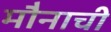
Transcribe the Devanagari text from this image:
मौनाची